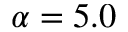
\alpha = 5 . 0